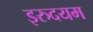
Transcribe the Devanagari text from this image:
इरुदयम